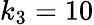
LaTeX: k_{3}=10